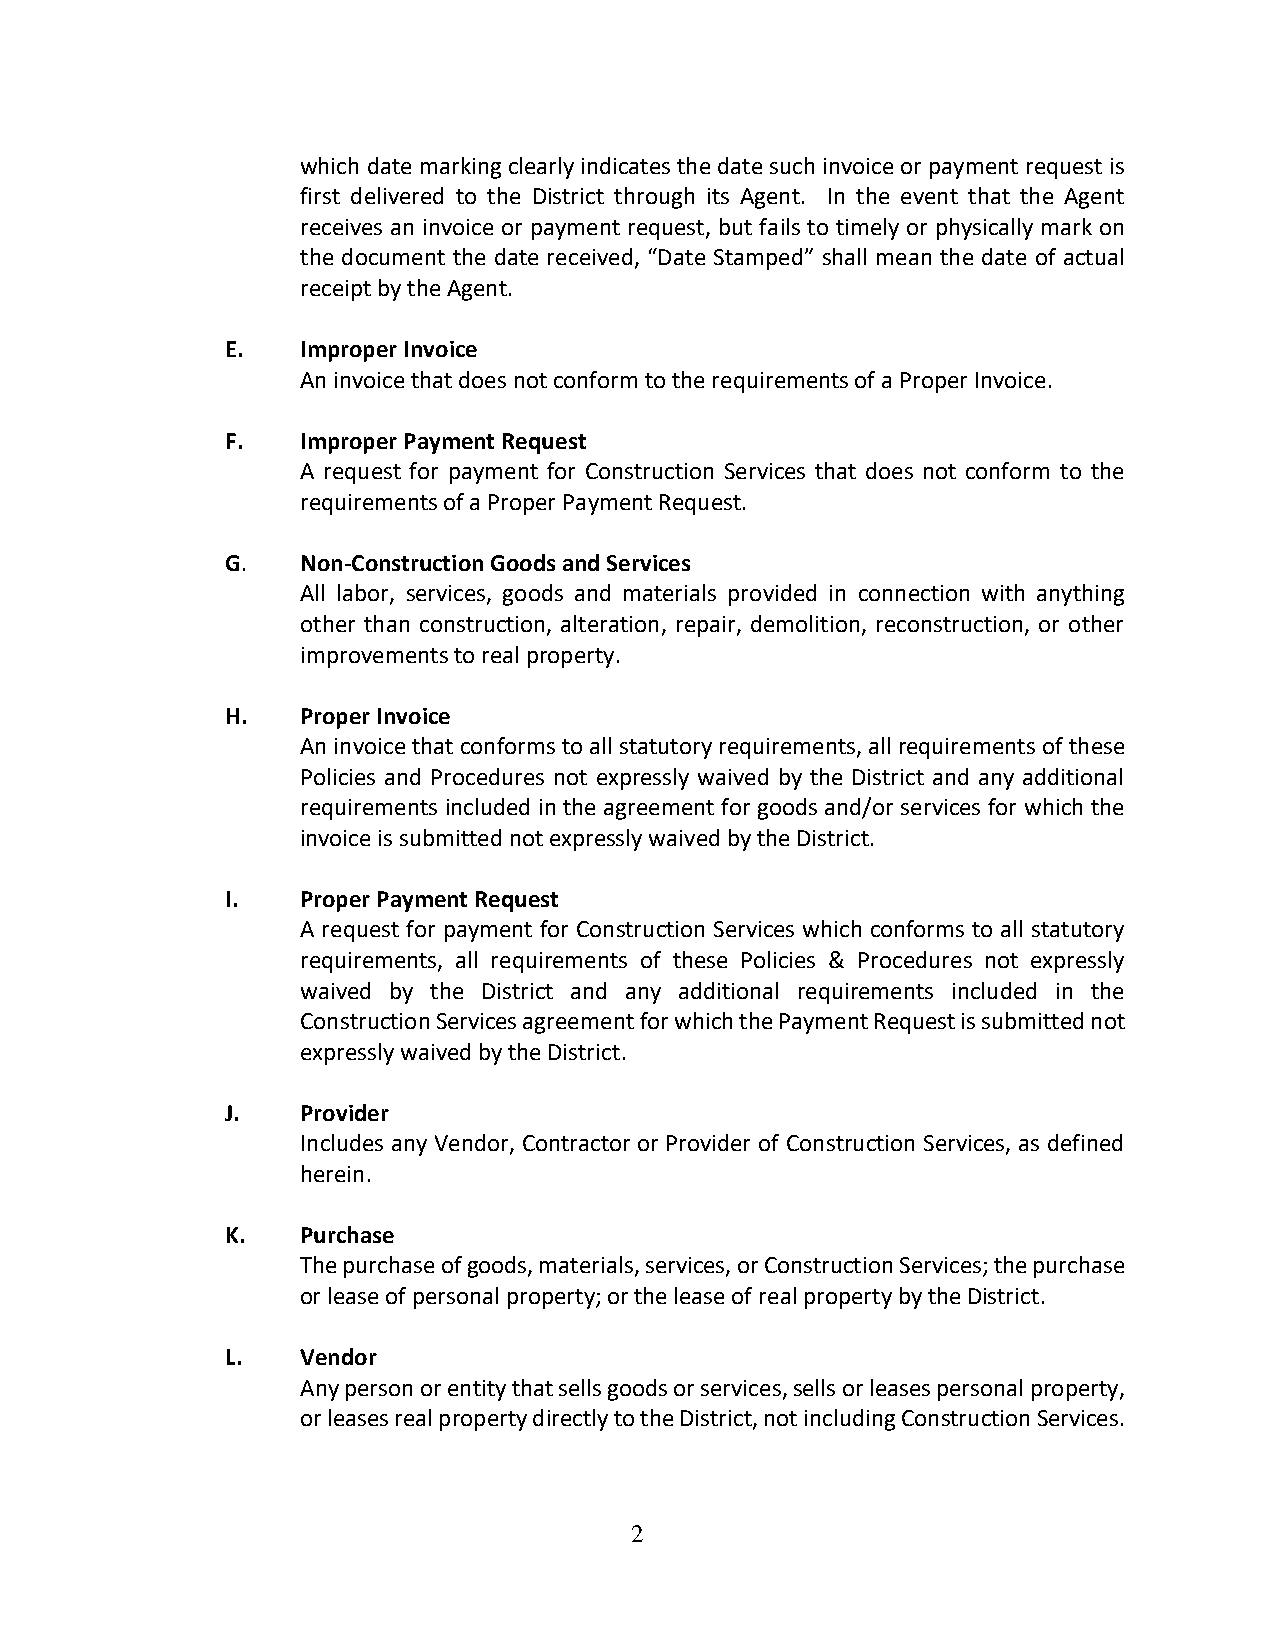
which date marking clearly indicates the date such invoice or payment request is
 first delivered to the District through its Agent. In the event that the Agent
 receives an invoice or payment request, but fails to timely or physically mark on
 the document the date received, “Date Stamped” shall mean the date of actual
 receipt by the Agent.
 E.   Improper Invoice
 An invoice that does not conform to the requirements of a Proper Invoice.
 F.   Improper Payment Request
 A request for payment for Construction Services that does not conform to the
 requirements of a Proper Payment Request.
 G.   Non-Construction Goods and Services
 All labor, services, goods and materials provided in connection with anything
 other than construction, alteration, repair, demolition, reconstruction, or other
 improvements to real property.
 H.   Proper Invoice
 An invoice that conforms to all statutory requirements, all requirements of these
 Policies and Procedures not expressly waived by the District and any additional
 requirements included in the agreement for goods and/or services for which the
 invoice is submitted not expressly waived by the District.
 I.   Proper Payment Request
 A request for payment for Construction Services which conforms to all statutory
 requirements, all requirements of these Policies & Procedures not expressly
 waived by the District and any additional requirements included in the
 Construction Services agreement for which the Payment Request is submitted not
 expressly waived by the District.
 J.   Provider
 Includes any Vendor, Contractor or Provider of Construction Services, as defined
 herein.
 K.   Purchase
 The purchase of goods, materials, services, or Construction Services; the purchase
 or lease of personal property; or the lease of real property by the District.
 L.   Vendor
 Any person or entity that sells goods or services, sells or leases personal property,
 or leases real property directly to the District, not including Construction Services.
 2